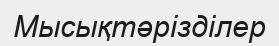
Мысықтәрізділер